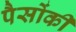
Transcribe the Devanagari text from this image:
पैसोंकी